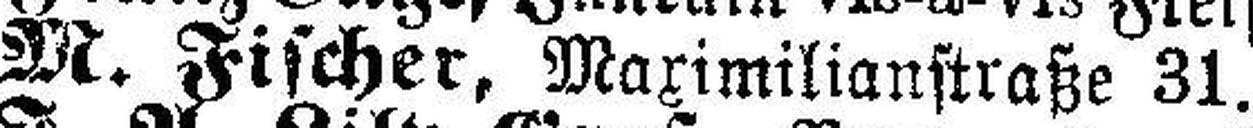
M. Fischer, Maximilianstraße 31.